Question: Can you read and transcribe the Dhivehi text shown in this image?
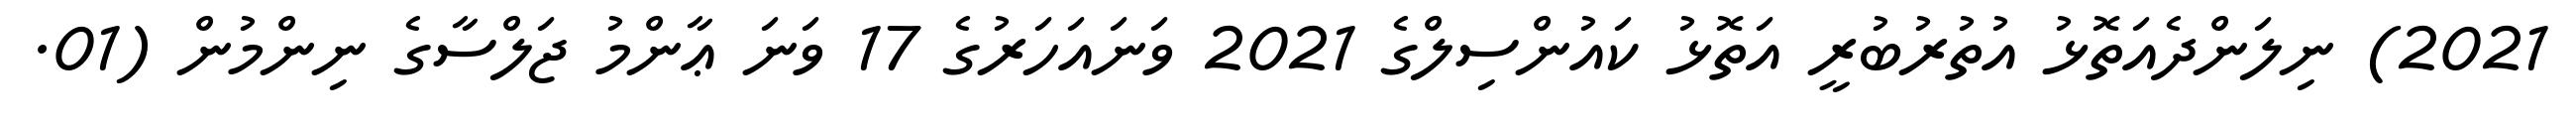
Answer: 2021) ނިލަންދެއަތޮޅު އުތުރުބުރީ އަތޮޅު ކައުންސިލްގެ 2021 ވަނައަހަރުގެ 17 ވަނަ ޢާންމު ޖަލްސާގެ ނިންމުން (01.